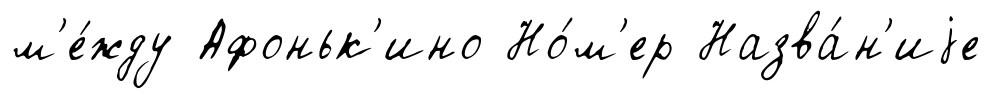
м'е́жду Афоньк'ино Но́м'ер Назва́н'иjе